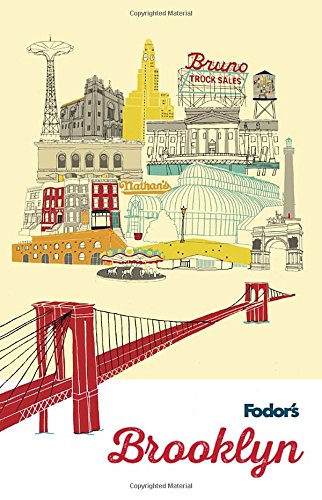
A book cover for Fodor's Brooklyn (Travel Guide); Fodor's; Travel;